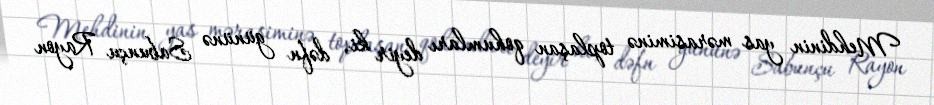
Mehdinin yas mərasiminə toplaşan qohumları deyir ki, dəfn gününə Sabunçu Rayon